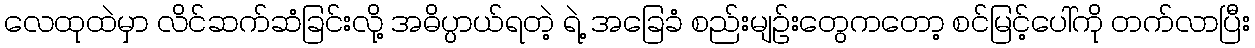
လေထုထဲမှာ လိင်ဆက်ဆံခြင်းလို့ အဓိပ္ပာယ်ရတဲ့ ရဲ့ အခြေခံ စည်းမျဉ်းတွေကတော့ စင်မြင့်ပေါ်ကို တက်လာပြီး